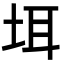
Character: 𪣌